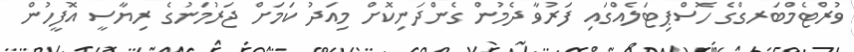
ވުރްޓެމްބަރގްގެ ހޮސްޕިޓަލެއްގައި ފަރުވާ ދެމުން ގެންދަނިކޮށް މިއަދު ކަމަށް ޖަރުމަނުގެ ރިޔާސީ އޮފީހުން